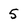
Character: 5